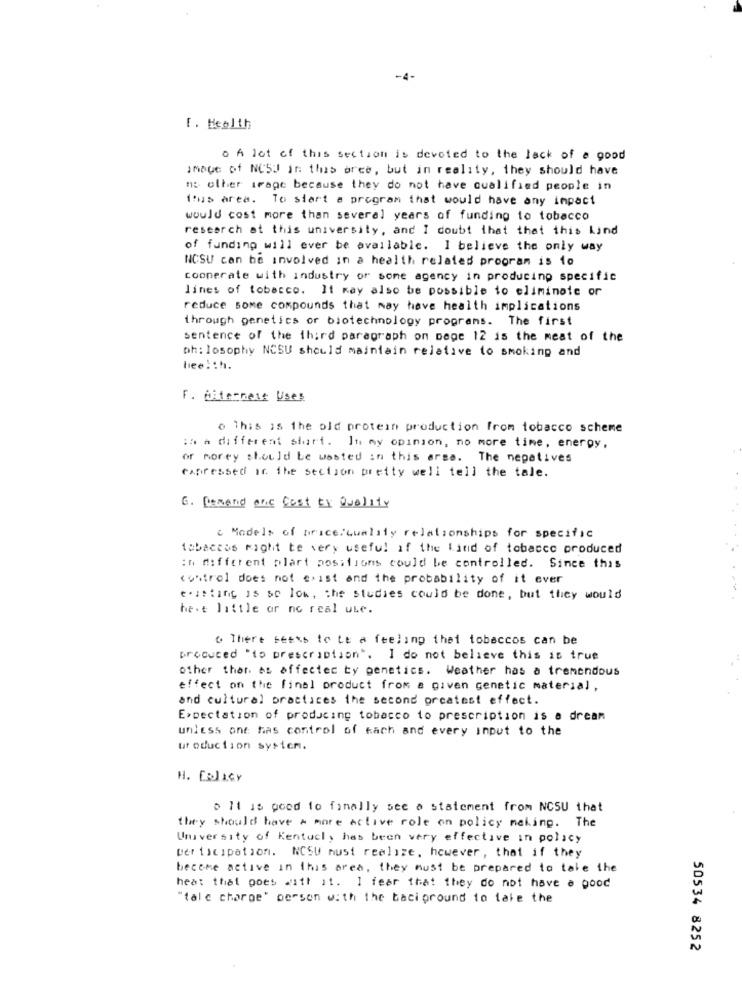
-4-
F. Health
o A lot of this section is devoted to the lack of a good
Image of NCSJ in this aree, but in reality, they should have
nt other trage because they do not have qualified people in
tus area. To start a program that would have any impact
would cost more than several years of funding to tobacco
research at this university, and I doubt that that this kind
of funding will ever be available. I believe the only way
NCSU can be involved in a health related program is 1o
cooperate with industry or sone agency in producing specific
lines of tobacco. It may also be possible to eliminate or
reduce some compounds that may have health implications
through genetics or biotechnology programs. The first
sentence of the third paragraph on pope 12 is the meat of the
ph : losophy NCSU should maintain relative to smoking and
heei:h.
F. Aiternels Uses
o This is the old protein production from tobacco scheme
in a different start. In my opinion, no more time, energy,
or morey should be wasted in this area. The negatives
expressed or the section pretty well tell the tale.
G. Derand one Cost tr Quality
c Models of price,quality relationships for specific
tabaccos might te very useful of the Land of tobacco produced
in different plart positions could be controlled. Since this
control does not exist and the probability of it ever
existing is so low, the studies could be done, but they would
hest little or no real use.
o There seeks to te a feeling that tobaccos can be
produced "to prescription". I do not believe this is true
other than as affected ty genetics. Weather has a tremendous
effect on the final product from a given genetic material,
and cultural practices the second orcatest effect.
Expectation of producing tobacco to prescription is a dream
unless one has control of each and every input to the
ut oduction sysich.
H. [alicy
> 11 is goed to finally see a statement from NCSU that
they should have a more active role on policy making. The
University of Kentucky has been very effective in policy
wer tocipation. NCSU must realize, however , that if they
become active in this area, they must be prepared to take the
heat that goes with it. I fear that they do not have a good
"tale charge" person with the baci ground to take the
50534 8252